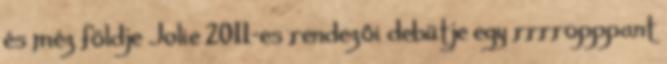
és méz földje Jolie 2011-es rendezői debütje egy rrrropppant